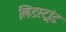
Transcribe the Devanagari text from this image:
लिंडस्ट्रांड